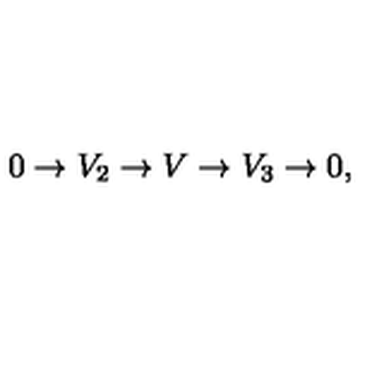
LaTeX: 0 \to V _ { 2 } \to V \to V _ { 3 } \to 0 ,